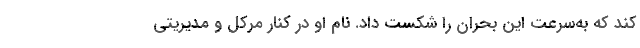
کند که به‌سرعت این بحران را شکست داد. نام او در کنار مرکل و مدیریتی